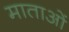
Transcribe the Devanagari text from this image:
माताआें